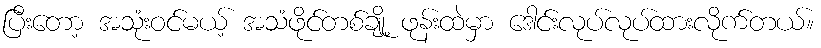
ပြီးတော့ အသုံးဝင်မယ့် အသံဖိုင်တစ်ချို့ ဖုန်းထဲမှာ ဒေါင်းလုပ်လုပ်ထားလိုက်တယ်။